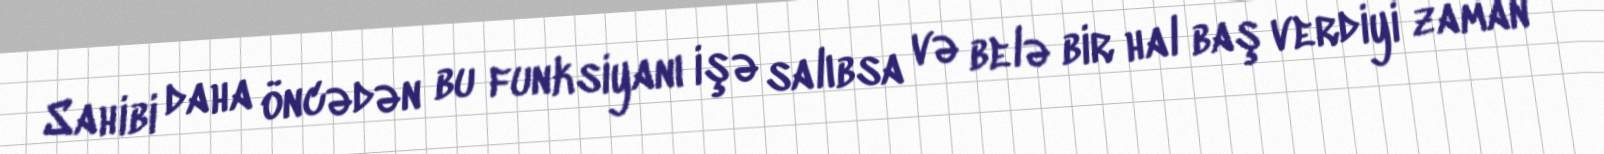
Sahibi daha öncədən bu funksiyanı işə salıbsa və belə bir hal baş verdiyi zaman